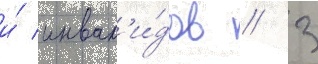
и́ инвал'и́дов / 3